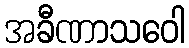
အခီဏာသဝေါ